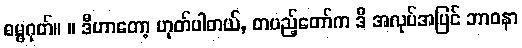
ဓမ္မဂုတ်။ ။ ဒီဟာတော့ ဟုတ်ပါတယ်, တပည့်တော်က ဒီ အလုပ်အပြင် ဘာဝနာ